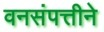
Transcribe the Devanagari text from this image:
वनसंपत्तीने